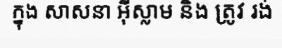
ក្នុង សាសនា អ៊ីស្លាម និង ត្រូវ រង់